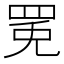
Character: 𱺾